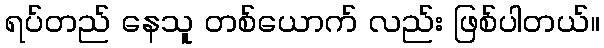
ရပ်တည် နေသူ တစ်ယောက် လည်း ဖြစ်ပါတယ်။